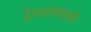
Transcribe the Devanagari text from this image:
देवचाफ्याची